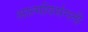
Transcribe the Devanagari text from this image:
आत्मविसंगती